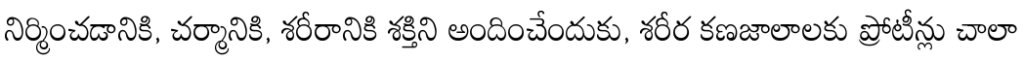
నిర్మించడానికి, చర్మానికి, శరీరానికి శక్తిని అందించేందుకు, శరీర కణజాలాలకు ప్రోటీన్లు చాలా